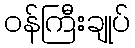
ဝန်ကြီးချုပ်